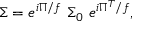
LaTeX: \Sigma = e ^ { i \Pi / f } \ \Sigma _ { 0 } \ e ^ { i \Pi ^ { T } / f } ,